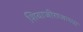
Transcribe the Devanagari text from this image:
शिवाजीराजाच्या